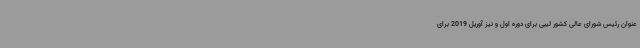
عنوان رئیس شورای عالی کشور لیبی برای دوره اول و نیز آوریل 2019 برای